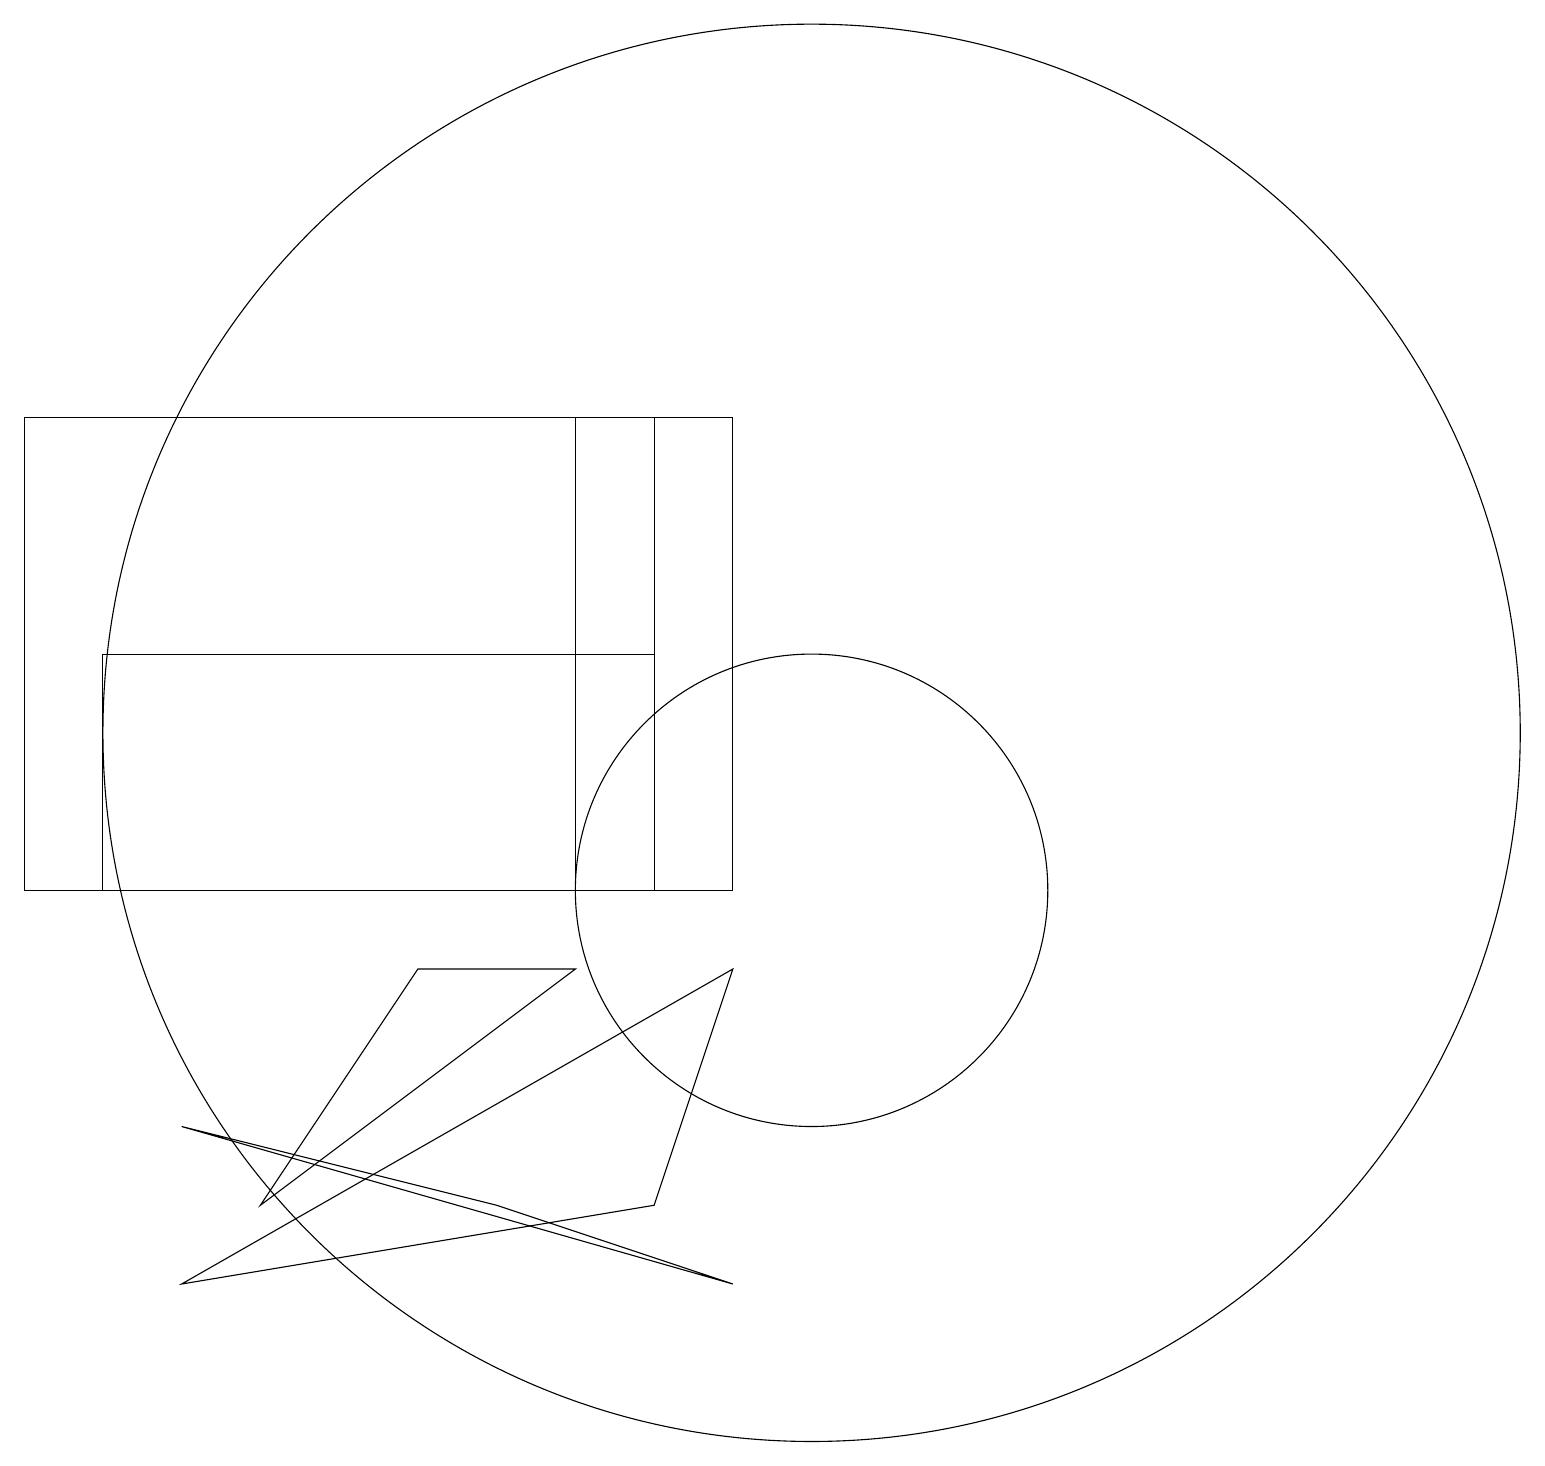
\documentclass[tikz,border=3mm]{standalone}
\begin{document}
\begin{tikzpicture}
\draw (9,5) -- (2,7) -- (6,6) -- cycle;
\draw (9,9) -- (8,6) -- (2,5) -- cycle;
\draw (1,13) rectangle (8,10);
\draw (7,16) rectangle (8,10);
\draw (10,12) circle (9);
\draw (5,9) -- (7,9) -- (3,6) -- cycle;
\draw (10,10) circle (3);
\draw (0,16) rectangle (9,10);
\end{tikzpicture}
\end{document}